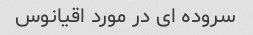
سروده ای در مورد اقیانوس